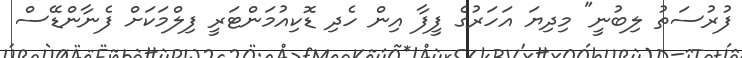
ފުރުސަތު ލިބުނީ" މިދިޔަ އަހަރުގެ ފީފާ އިން ހެދި ޑޮކިއުމަންޓަރީ ފިލްމަކަށް ފެނާންޑޭސް